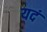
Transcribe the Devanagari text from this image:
यदं